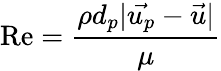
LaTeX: \mathrm{Re}=\frac{\rho d_{p}\vert\vec{u_{p}}-\vec{u}\vert}{\mu}